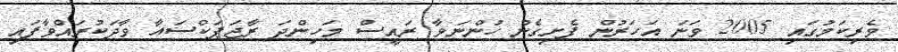
ވެރިކަމުގައި 2005 ވަނަ އަހަރުން ފެށިގެން ހުންނަވާ ރައީސް މަހިންދަ ރާޖަޕަކްސައާ ވާދަކުރައްވާފައި